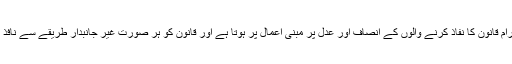
قانون کا احترام قانون کا نفاذ کرنے والوں کے انصاف اور عدل پر مبنی اعمال پر ہوتا ہے اور قانون کو ہر صورت غیر جانبدار طریقے سے نافذ کیا جاتا ہے۔